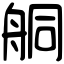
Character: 𦨴